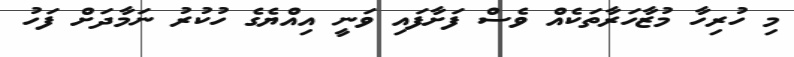
މި ހުރިހާ މުޒާހަރާތަކެއް ވެސް ފަށާފައި ވަނީ އިއްޔެގެ ހުކުރު ނަމާދަށް ފަހު